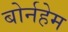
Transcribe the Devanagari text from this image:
बोर्नहेम